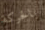
بالحركة